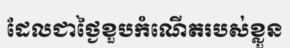
ដែលជាថ្ងៃខួបកំណើតរបស់ខ្លួន